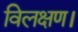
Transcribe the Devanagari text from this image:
विलक्षण।